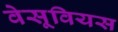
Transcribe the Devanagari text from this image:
वेसूवियस